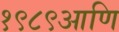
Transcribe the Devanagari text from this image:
१९८९आणि